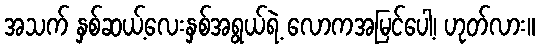
အသက် နှစ်ဆယ့်လေးနှစ်အရွယ်ရဲ့ လောကအမြင်ပေါ့၊ ဟုတ်လား။